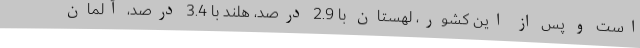
است و پس از این کشور، لهستان با 2.9 درصد، هلند با 3.4 درصد، آلمان